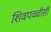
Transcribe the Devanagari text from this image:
शिवपच्चीसी